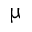
\upmu